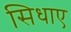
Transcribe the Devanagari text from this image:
सिधाए